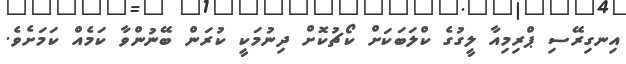
އިނގިރޭސި ޕްރިމިއާ ލީގުގެ ކްލަބަކަށް ކޯޗުކޮށް ދިނުމަކީ ކުރަން ބޭނުންވާ ކަމެއް ކަމަށެވެ.